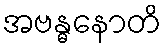
အဗန္ဓနောတိ